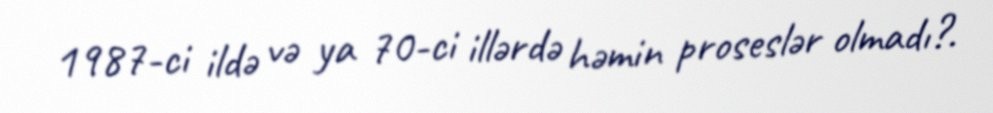
1987-ci ildə və ya 70-ci illərdə həmin proseslər olmadı?.